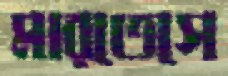
মারতেসে